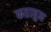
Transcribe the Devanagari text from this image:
कताबुन